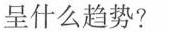
呈什么趋势？